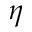
\eta